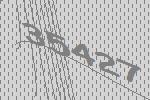
35427